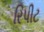
રિપીટ